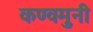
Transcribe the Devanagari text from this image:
कण्वमुनी